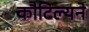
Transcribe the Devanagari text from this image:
कौटिल्‍यने